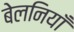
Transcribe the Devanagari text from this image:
बेलनियाँ